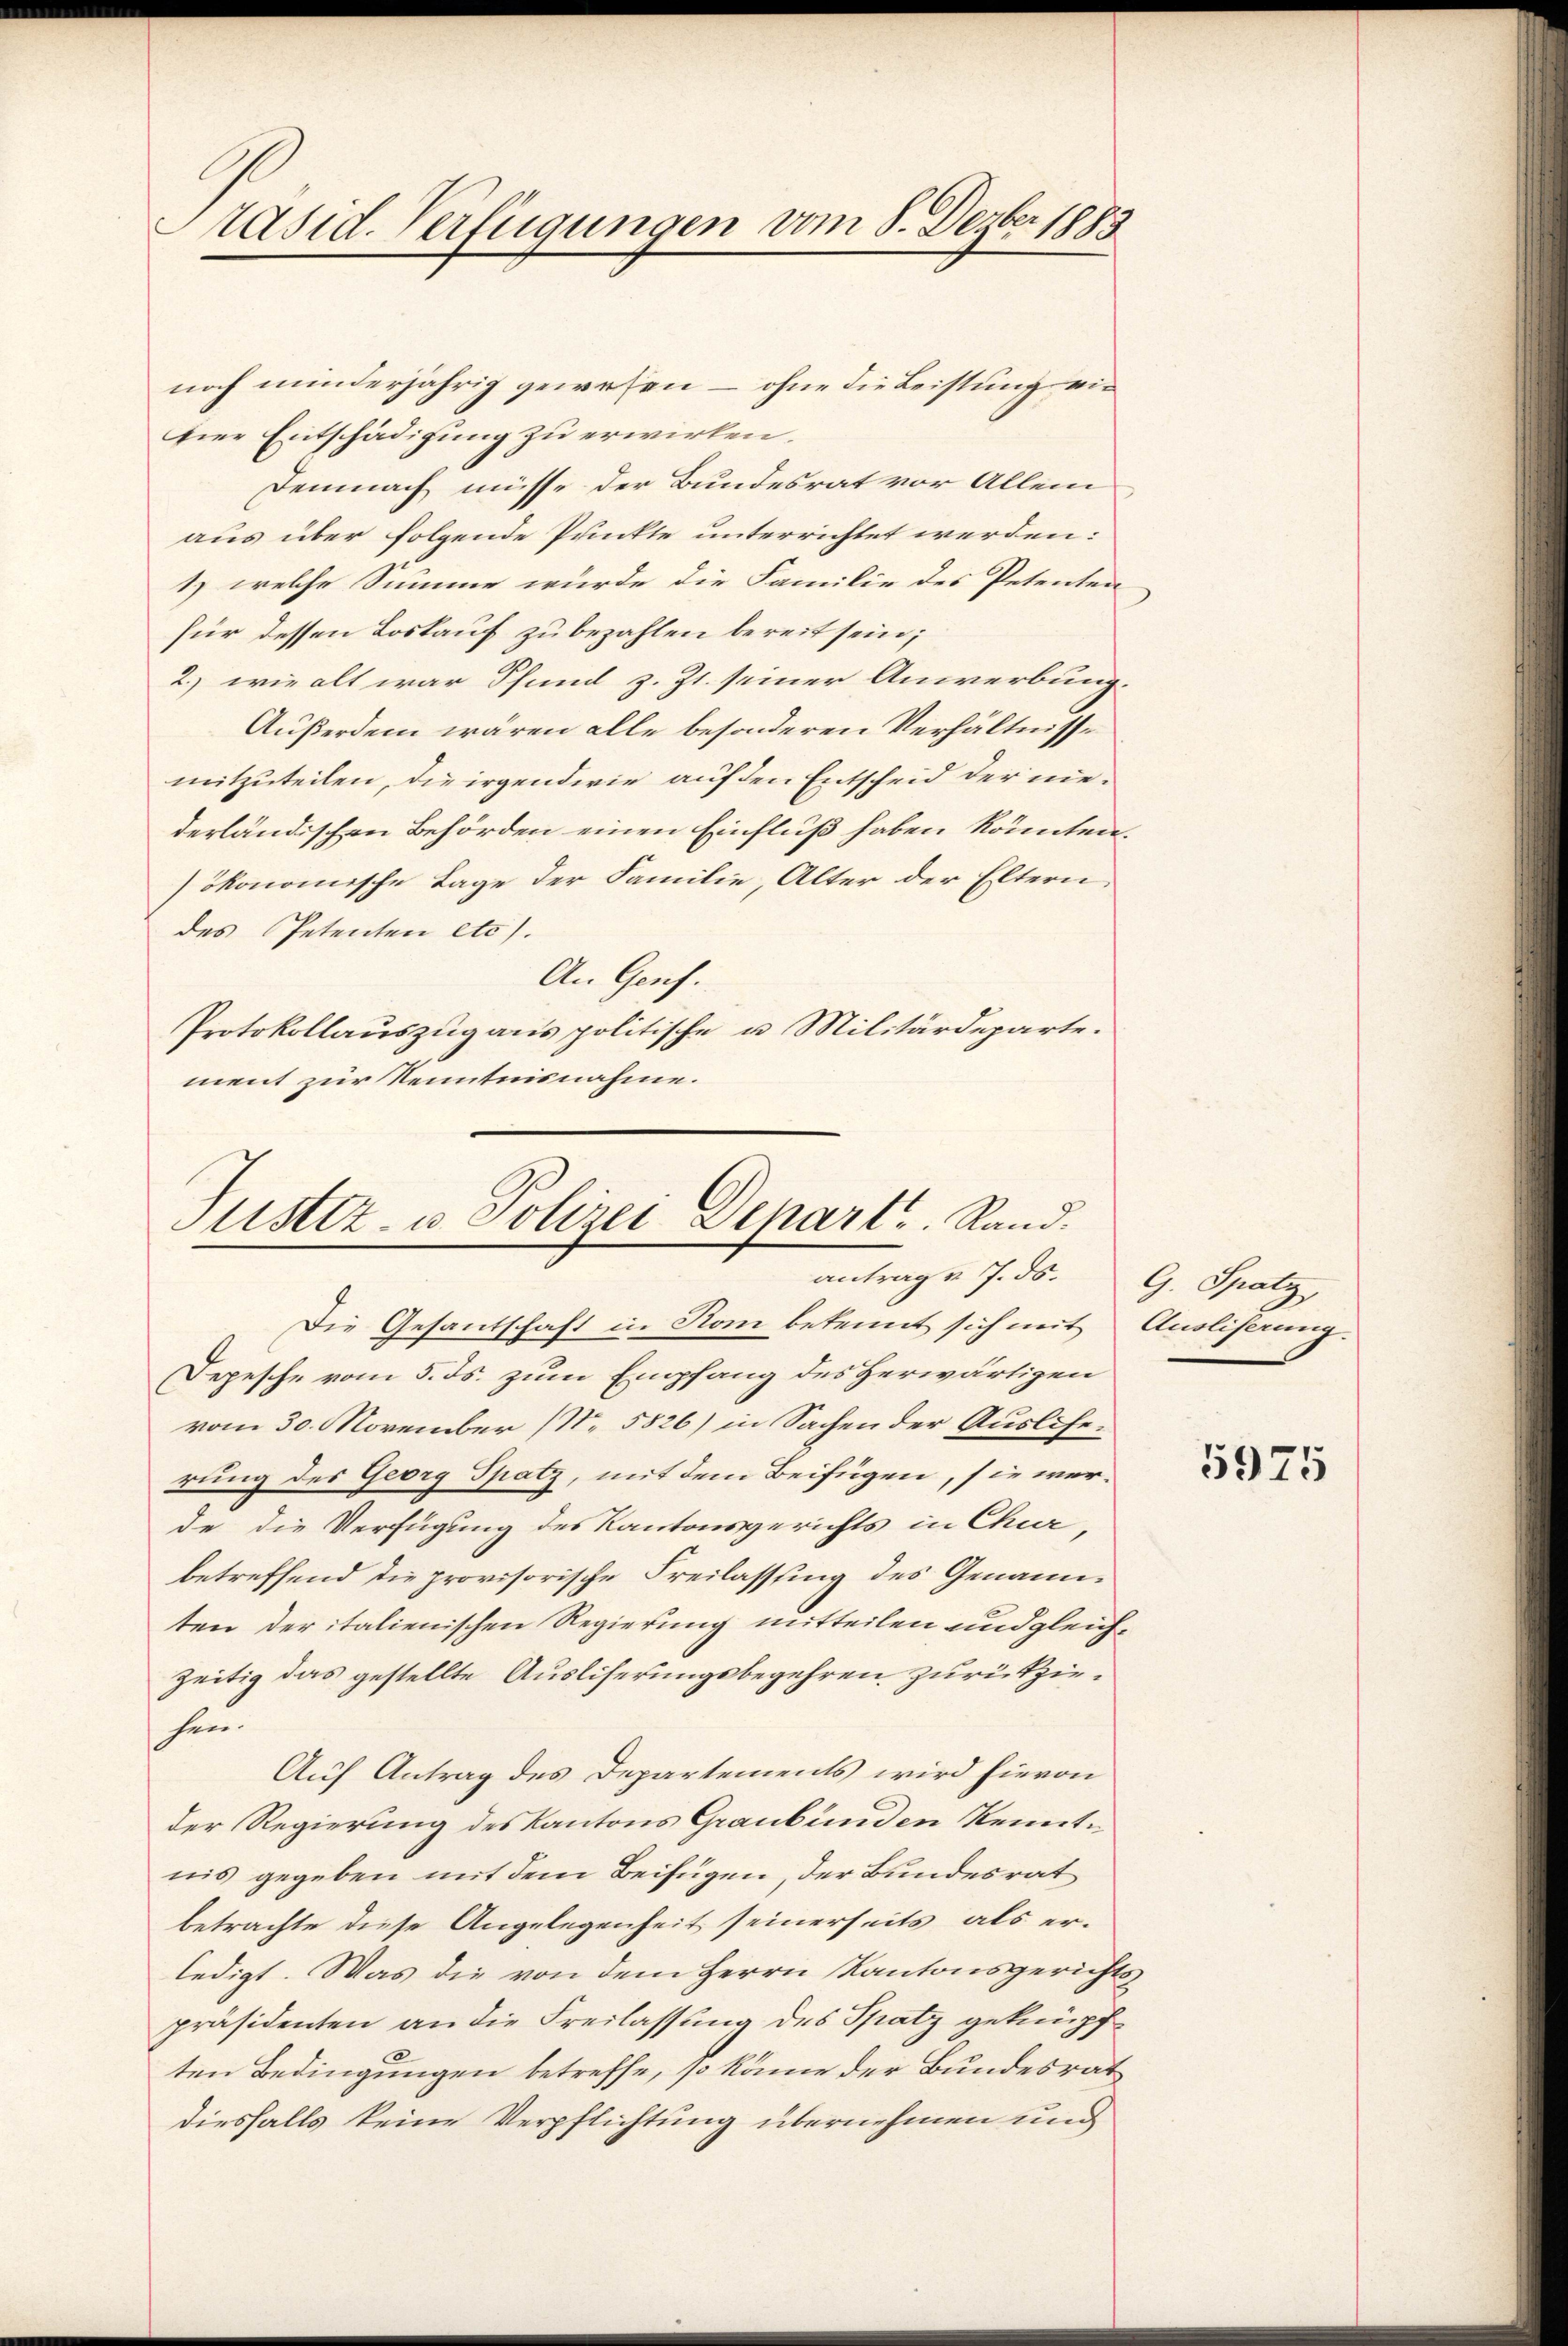
Präsid. Verfügungen vom 8. Dezber 1883

noch minderjährig gewesen – ohne die Leistung wie
hier Entschädigung zu erwirken.
Demnach müsse der Bundesrat vor Allem
aus über folgende Punkte unterrichtet werden:
1) welche Summe wurde die Familie des Petenten
für dessen Loskauf zu bezahlen bereit sein;
2.) wie alt war Pfund z. Zt. seiner Anwerbung.
Außerdem wären alle besonderen Verhältnisse
mitzuteilen, die irgendwie auf den Entscheid der niederländischen Behörden einen Einfluß haben könnten.
ökonomische Lage der Familie, Alter der Eltern
des Petenten etc.).
An Genf.
Protokollauszug aus politische u. Militärdeparte.
ment zur Kenntnisnahme.

Justiz- u. Polizei Depart. Rand.
antrage 7. ds. G. Spatz,

Die Gesantschaft in Rom bekennt sich mit Auslicherung.
Depesche vom 5. ds. zum Empfang des Herwärtigen
vom 30. November (N. 5826) in Sachen der Ausliferung des Georg Spatz, mit dem Beifügen, sie werde die Verfügung des Kantonsgerichts in Chur
betreffend die provisorische Freilassung des Genannten der italienischen Regierung mitteilen und gleichzeitig das gestellte Ausliserungsbegehren zurückziehin.
Auf Antrag des Departements wird hievon
der Regierung des Kantons Graubünden Kenntnis gegeben mit dem Beifügen, der Bundesrat
betrachte diese Angelegenheit seinerseits als erledigt. Was die von dem Herrn Kantonsgerichts
präsidenten an die Freilassung des Spatz geknüpften Bedingungen betreffe, so könne der Bundesrat
diesfalls keine Verpflichtung übernehmen und

5975